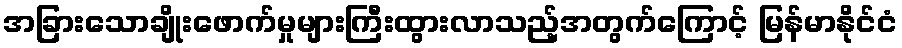
အခြားသောချိုးဖောက်မှုများကြီးထွားလာသည့်အတွက်ကြောင့် မြန်မာနိုင်ငံ